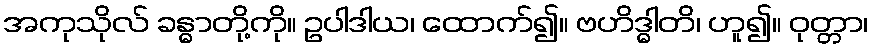
အကုသိုလ် ခန္ဓာတို့ကို။ ဥပါဒါယ၊ ထောက်၍။ ဗဟိဒ္ဓါတိ၊ ဟူ၍။ ဝုတ္တာ၊